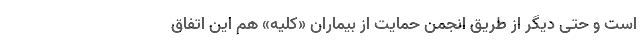
است و حتی دیگر از طریق انجمن حمایت از بیماران «کلیه» هم این اتفاق